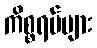
ကိစ္စရပ်များ